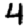
Digit: 4